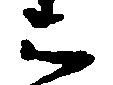
云